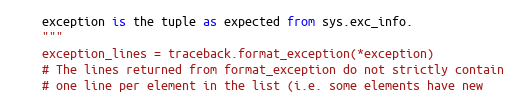
Language: Python
    exception is the tuple as expected from sys.exc_info.
    """
    exception_lines = traceback.format_exception(*exception)
    # The lines returned from format_exception do not strictly contain
    # one line per element in the list (i.e. some elements have new